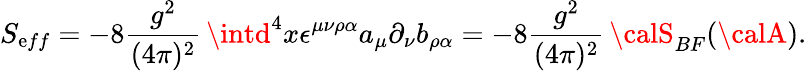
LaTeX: S_{\mathrm{e}ff}=-8\frac{{g^{2}}}{{(4\pi)^{2}}}\, \intd^{4}x\epsilon^{\mu\nu\rho\alpha}a_{\mu}\partial_{\nu}b_{\rho\alpha}=-8\frac{{g^{2}}}{{(4\pi)^{2}}}\, {\calS}_{BF}({\calA}).